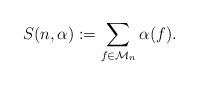
LaTeX: \begin{align*}S(n,\alpha) := \sum_{f\in \mathcal{M}_{n}} \alpha(f).\end{align*}